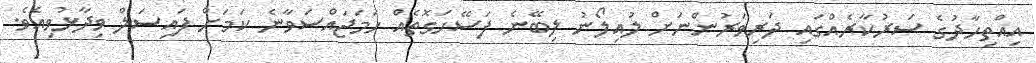
އިއްތިހާދުގެ ސަރުކާރެއްގައި ދަރިވަރުންނަށް ލުއިލޯނު ލިބޭނެ ފަސޭހަގޮތެއް ހަމަޖައްސަވާނެ ކަމަށް ފައިސަލް ވިދާޅުވިއެވެ.